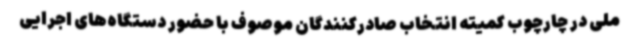
ملی در چارچوب کمیته انتخاب صادرکنندگان موصوف با حضور دستگاه‌های اجرایی